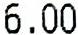
6.00